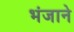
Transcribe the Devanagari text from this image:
भंजाने